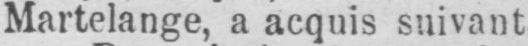
Martelange, a acquis suivant